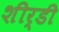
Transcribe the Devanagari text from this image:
शीर्डी